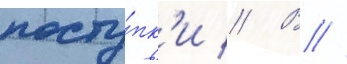
посту́пк'и // В //